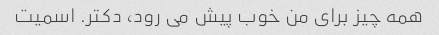
همه چیز برای من خوب پیش می رود، دکتر. اسمیت